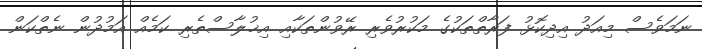
ނަމަވެސް މިއަދު އިދިކޮޅު ފަރާތްތަކުގެ މަކުރުވެރި ރޭވުންތަކާއި އިޚުލާސްތެރި ކަމެއް އަމުދުން ނެތްކަން